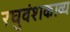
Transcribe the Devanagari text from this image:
रघुवंशकाव्य